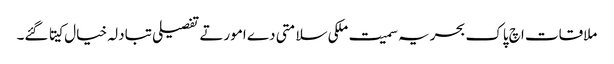
ملاقات اچ پاک بحریہ سمیت ملکی سلامتی دے امورتے تفصیلی تبادلہ خیال کیتا گئے۔